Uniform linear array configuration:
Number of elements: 64
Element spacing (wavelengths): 0.25
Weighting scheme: blackman
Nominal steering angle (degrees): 30
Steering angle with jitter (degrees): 31.137
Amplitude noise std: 0.05
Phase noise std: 0.05

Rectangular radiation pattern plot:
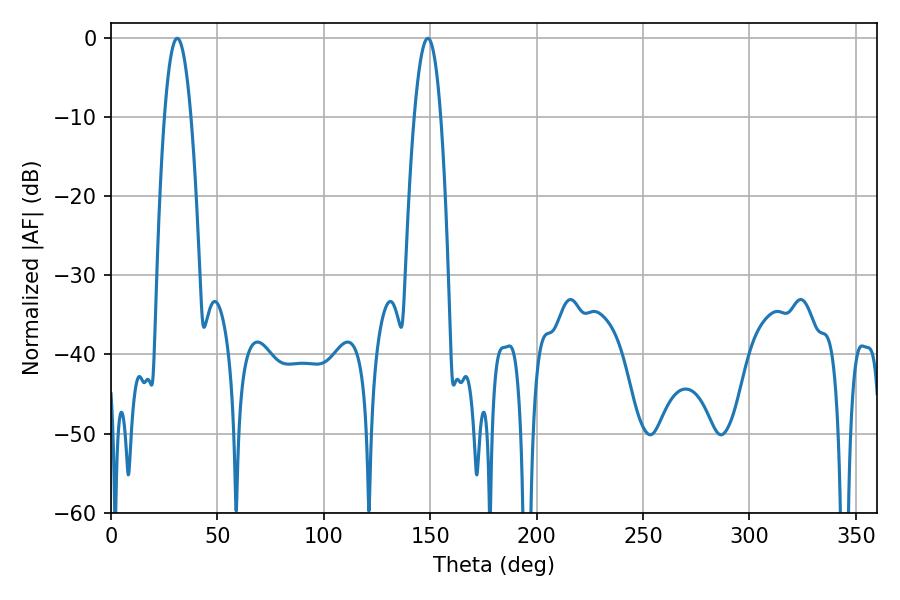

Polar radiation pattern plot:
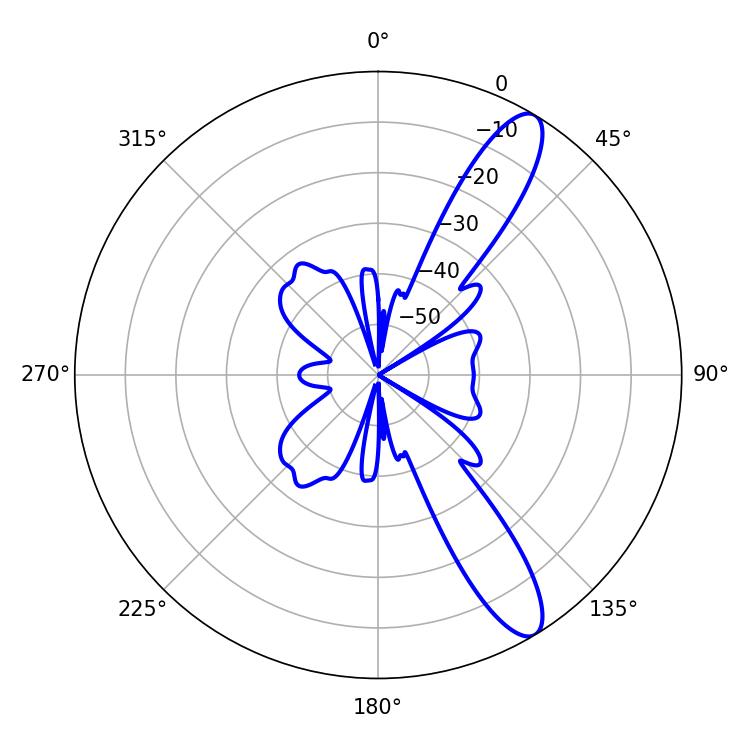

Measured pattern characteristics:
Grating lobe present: FALSE
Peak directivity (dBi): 11.758
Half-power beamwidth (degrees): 6.84
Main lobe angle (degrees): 31.14